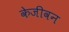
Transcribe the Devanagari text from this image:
केजीवन